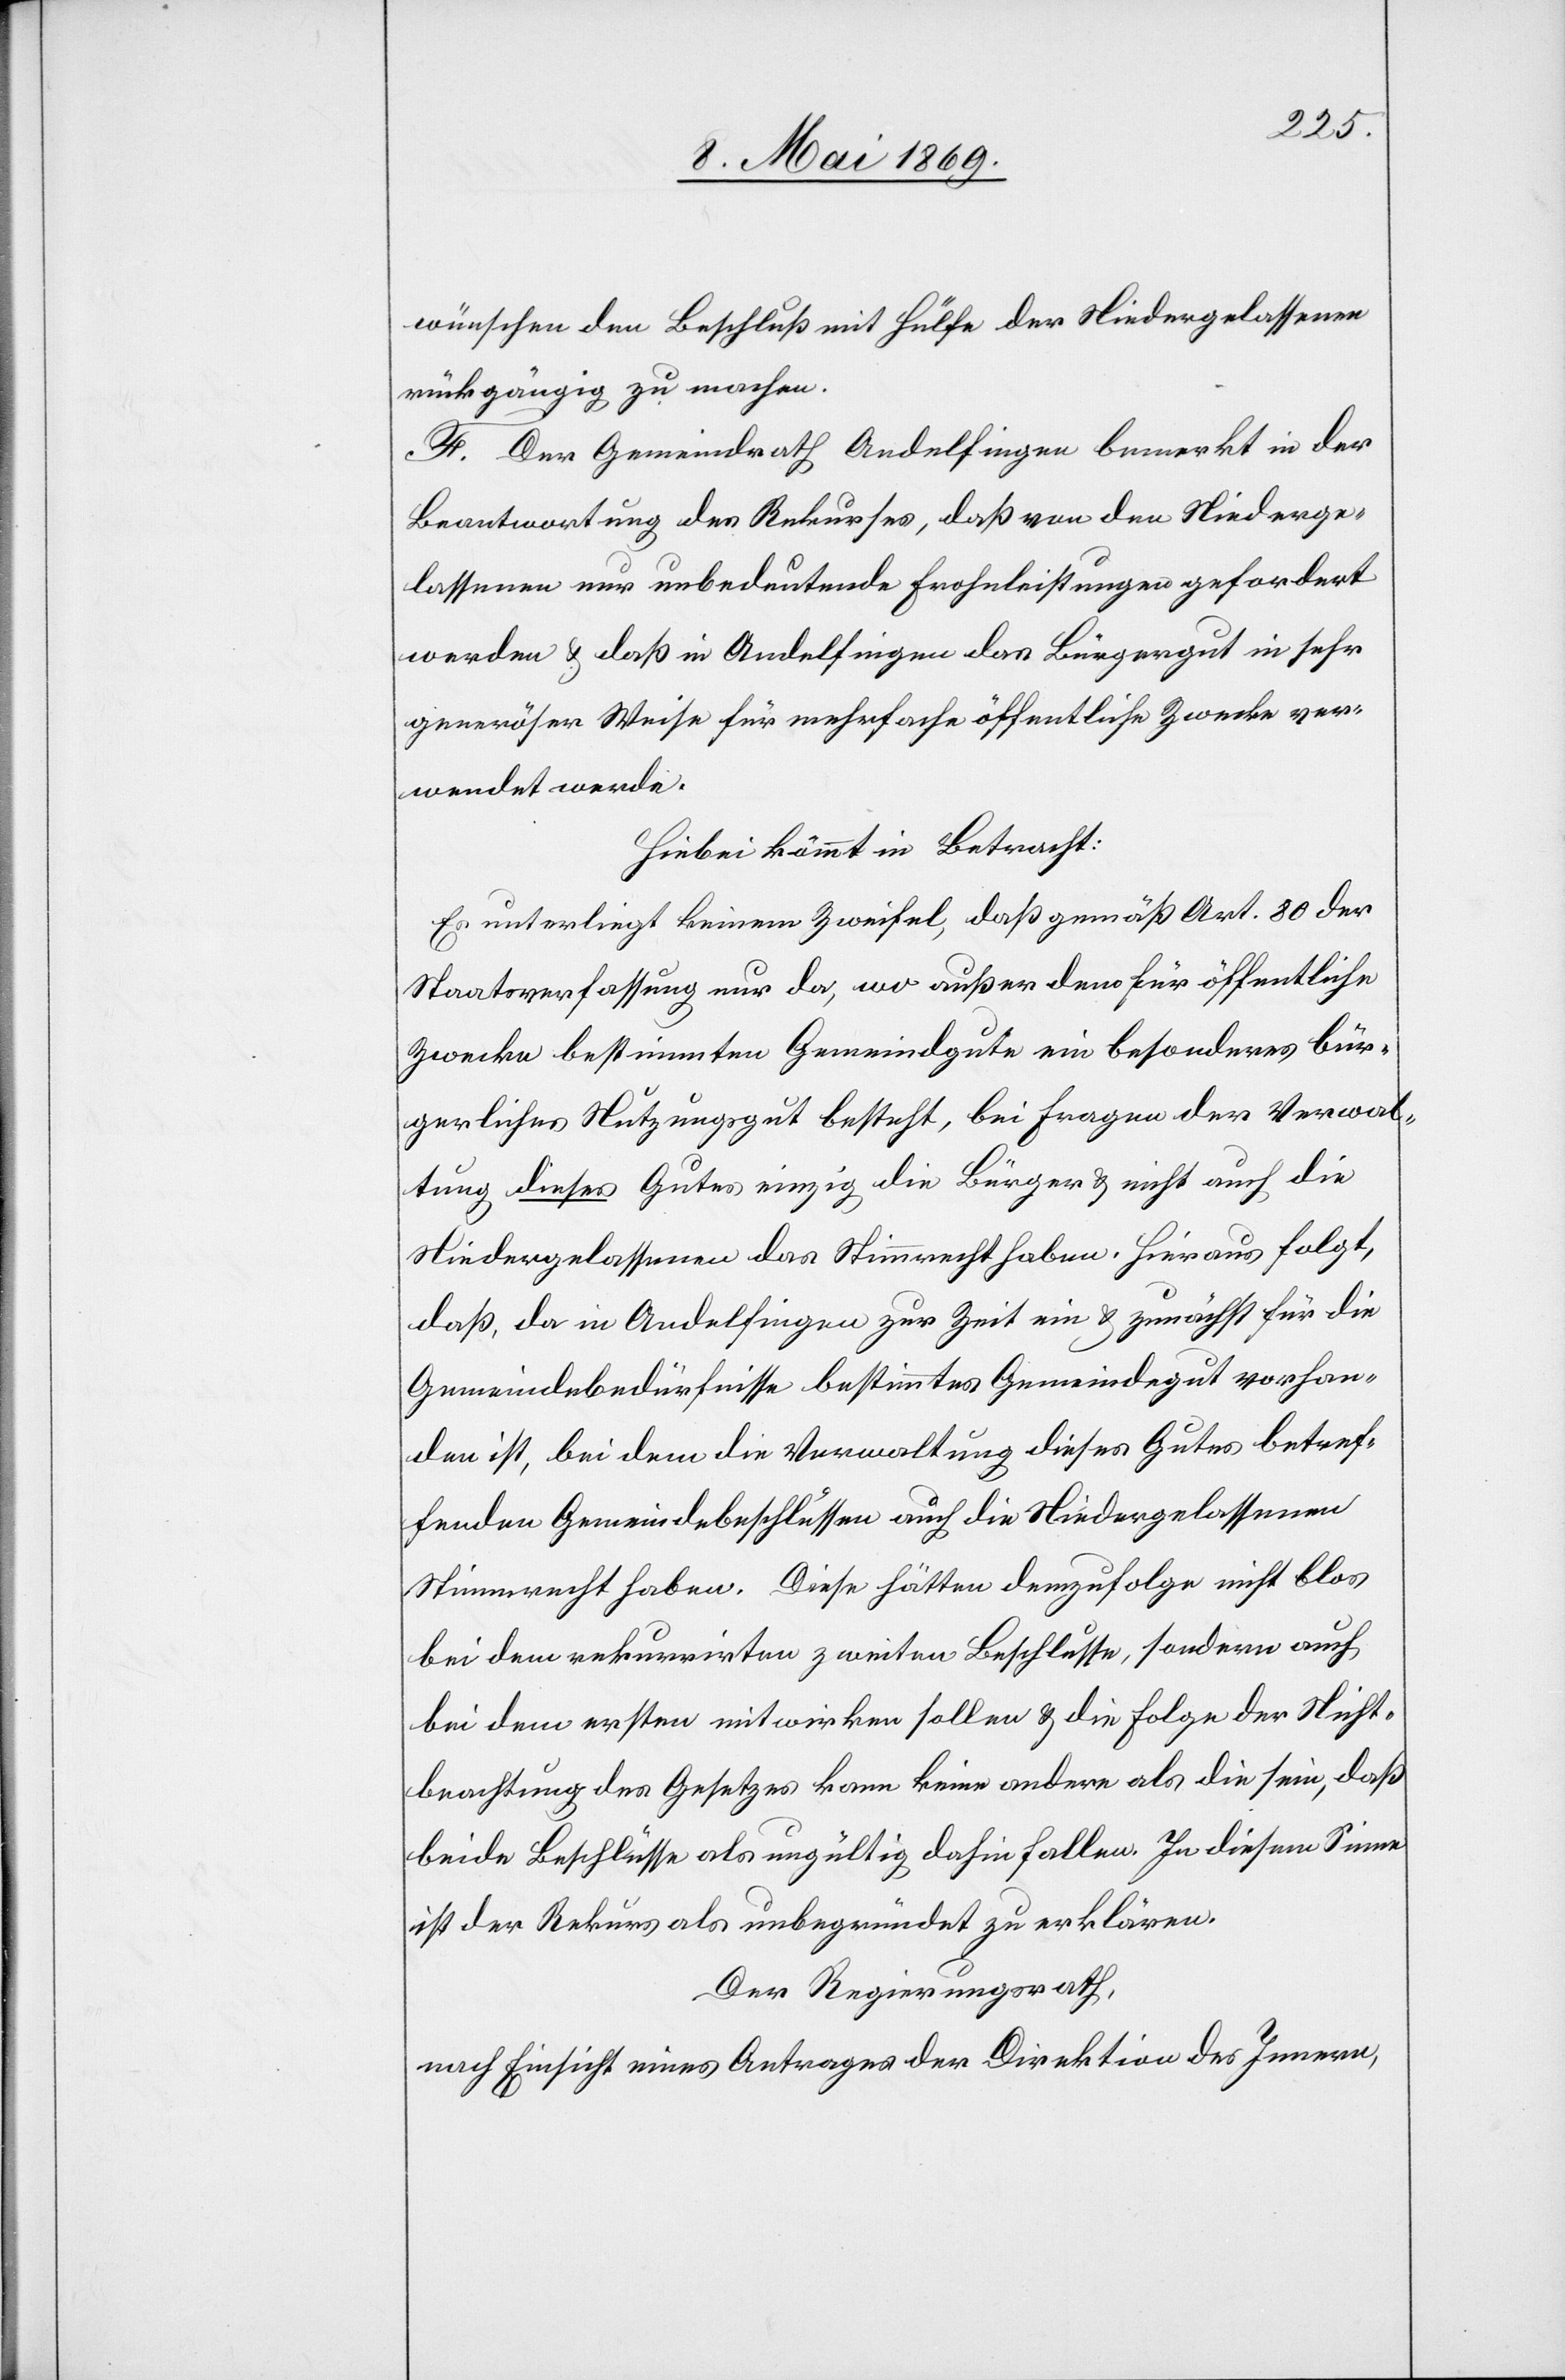
wünschen den Beschluß mit Hülfe der Niedergelassenen
rückgängig zu machen.
F. Der Gemeindrath Andelfingen bemerkt in der
Beantwortung des Rekurses, daß von den Niederge¬
lassenen nur unbedeutende Frohndienstleistungen gefordert
werden u. daß in Andelfingen das bürgergut in sehr
generöser Weise für mehrfache öffentliche Zwecke ver¬
wendet werde.
Hiebei kömmt in Betracht:
Es unterliegt keinem Zweifel, daß gemäß Art. 80 der
Staatsverfassung nur da, wo außer dem für öffentliche
Zwecke bestimmten Gemeindgute ein besonderes bür¬
gerliches Nutzungsgut besteht, bei Fragen der Verwal¬
tung dieses Gutes einzig die Bürger u. nicht auch die
Niedergelassenen das Stimmrecht haben. Hieraus folgt,
daß, da in Andelfingen zur Zeit ein u. zunächst für die
Gemeindebedürfnisse bestimmtes Gemeindegut vorhan¬
den ist, bei dem die Verwaltung dieses Gutes betref¬
fenden Gemeindsbeschlüssen auch die Niedergelassenen
Stimmrecht haben. Diese hätten demzufolge nicht blos
bei dem rekurrirten zweiten Beschlusse, sondern auch
bei dem ersten mitwirken sollen u. die Folge der Nicht¬
beachtung des Gesetzes kann keine andere als die sein, daß
beide Beschlüsse als ungültig dahin fallen. In diesem Sinne
ist der Rekurs als unbegründet zu erklären.
Der Regierungsrath,
nach Einsicht eines Antrages der Direktion des Innern,